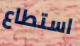
استطاع